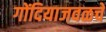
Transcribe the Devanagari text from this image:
गोंदियाजवळचे